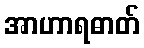
အာဟာရဓာတ်